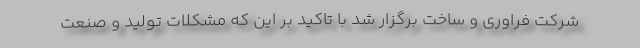
شرکت فراوری و ساخت برگزار شد با تاکید بر این که مشکلات تولید و صنعت